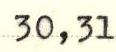
30,31